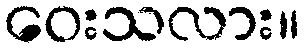
ဝေးသလား။